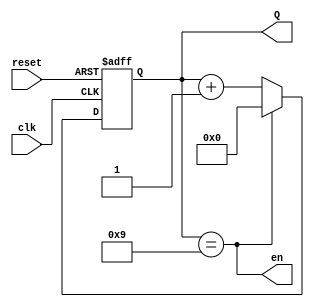
`timescale 1ns / 1ps



module mod10_counter(clk , reset , en , Q);

    input clk , reset ;
    
    output en ;
    output reg [3:0] Q ;
    
    always @ (posedge clk or negedge reset ) begin 
        
        if( !reset ) 
            Q <= 'b0 ;
        else if ( Q == 9 ) 
            Q <= 'b0 ;
        else 
            Q <= Q + 1 ;
    
    end
    
    assign en = ( Q == 9 ) ;
endmodule